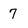
Character: 7